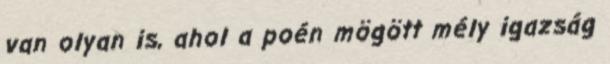
van olyan is, ahol a poén mögött mély igazság